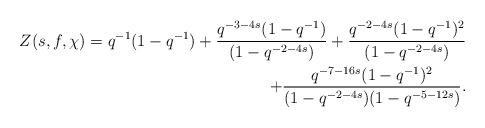
LaTeX: \begin{align*}Z(s,f,\chi)=q^{-1}(1-q^{-1})+\frac{q^{-3-4s}(1-q^{-1})}{(1-q^{-2-4s})}+\frac{q^{-2-4s}(1-q^{-1})^2}{(1-q^{-2-4s})} \\+\frac{q^{-7-16s}(1-q^{-1})^2}{(1-q^{-2-4s})(1-q^{-5-12s})}.\end{align*}